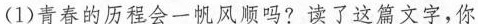
(1)青春的历程会一帆风顺吗?读了这篇文字，你